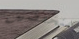
منخفضين